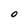
Character: O